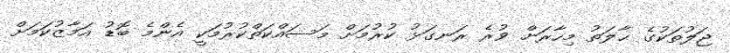
ޖަލުތަކުގެ ޙާލަތު މިހާރަށް ވުރެ ރަނގަޅު ކުރުމަށް މަސައްކަތްކުރުމަކީ އެންމެ ބޮޑު އަމާޒުކަމަށް